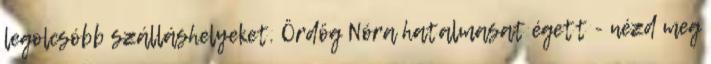
legolcsóbb szálláshelyeket. Ördög Nóra hatalmasat égett - nézd meg